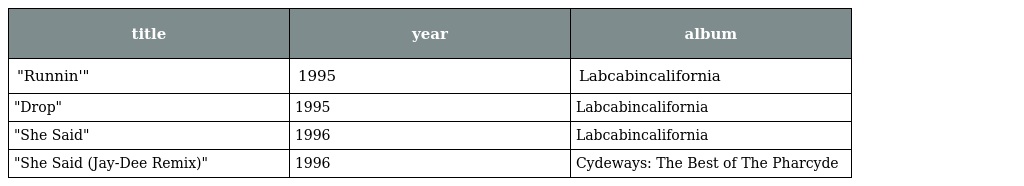
| title | year | album |
 | --- | --- | --- |
 | "Runnin'" | 1995 | Labcabincalifornia |
 | "Drop" | 1995 | Labcabincalifornia |
 | "She Said" | 1996 | Labcabincalifornia |
 | "She Said (Jay-Dee Remix)" | 1996 | Cydeways: The Best of The Pharcyde |